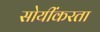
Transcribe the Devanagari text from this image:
सोयींकरता